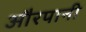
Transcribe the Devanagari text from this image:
औरपानी